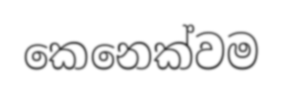
කෙනෙක්වම